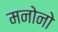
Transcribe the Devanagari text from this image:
मनोनो